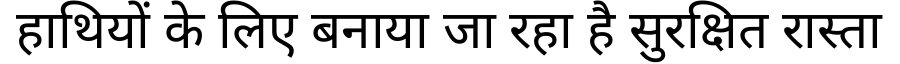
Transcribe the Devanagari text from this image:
हाथियों के लिए बनाया जा रहा है सुरक्षित रास्ता